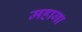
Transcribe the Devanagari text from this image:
महागा